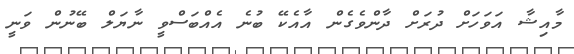
މާއިޝާ އަވަހަށް ދުރަށް ދާންވެގެން އާއެކޭ ބުނެ އެއްބަސްވީ ނާޔަލް ބޭނުން ވަނީ